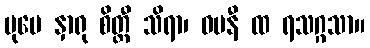
ပုမေ နှာရု စိတ္ထီ သိရာ၊ ဓမနီ ထ ရသဂ္ဂသာ။